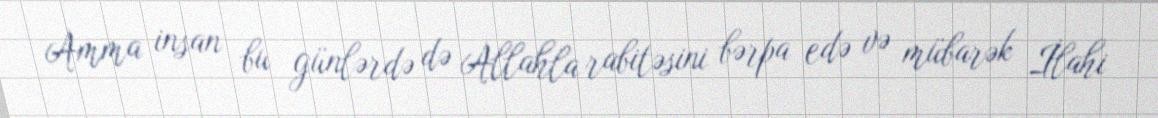
Amma insan bu günlərdə də Allahla rabitəsini bərpa edə və mübarək İlahi